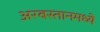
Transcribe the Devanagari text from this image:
अरबस्तानमध्ये